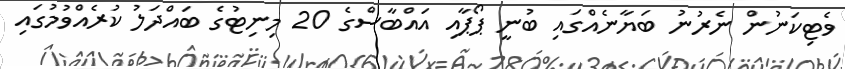
ވެޓިކަނުން ނެރުނު ބަޔާނެއްގައި ބުނީ ޕޯޕާއި އައްބާސްގެ 20 މިނިޓުގެ ބައްދަލު ކުރެއްވުމުގައި